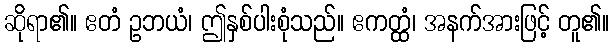
ဆိုရာ၏။ ဧတံ ဥဘယံ၊ ဤနှစ်ပါးစုံသည်။ ဧကတ္ထံ၊ အနက်အားဖြင့် တူ၏။